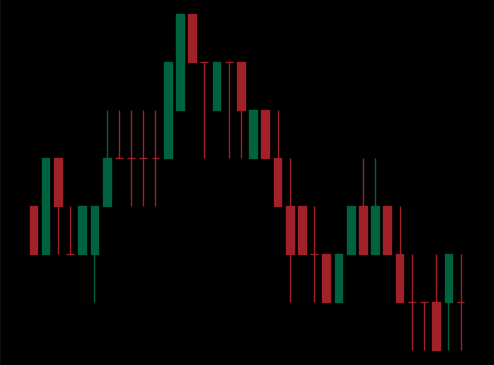
Pattern: head_shoulders